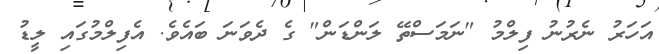
އަހަރު ނެރުނު ފިލްމު "ނަމަސްތޭ ލަންޑަން" ގެ ދެވަނަ ބައެވެ. އެފިލްމުގައި ލީޑު